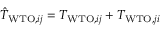
\begin{array} { r } { \hat { T } _ { \mathrm { W T O } , i j } = T _ { \mathrm { W T O } , i j } + T _ { \mathrm { W T O } , j i } } \end{array}